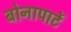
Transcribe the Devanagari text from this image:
बोनापार्टे